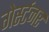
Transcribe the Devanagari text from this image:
गेर्स्टनर